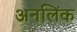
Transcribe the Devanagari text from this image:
अनलिंक